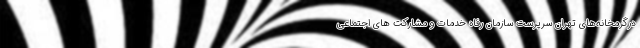
درگرمخانه‌های تهران سرپرست سازمان رفاه خدمات و مشارکت های اجتماعی